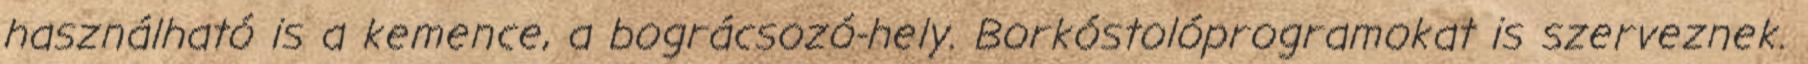
használható is a kemence, a bográcsozó-hely. Borkóstolóprogramokat is szerveznek.